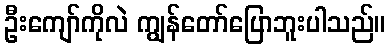
ဦးကျော်ကိုလဲ ကျွန်တော်ပြောဘူးပါသည်။